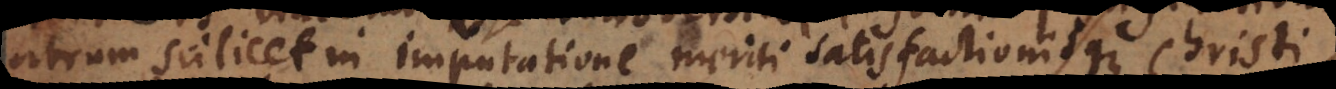
utrum scilicet in imputatione meriti satisfactionisque Christi,